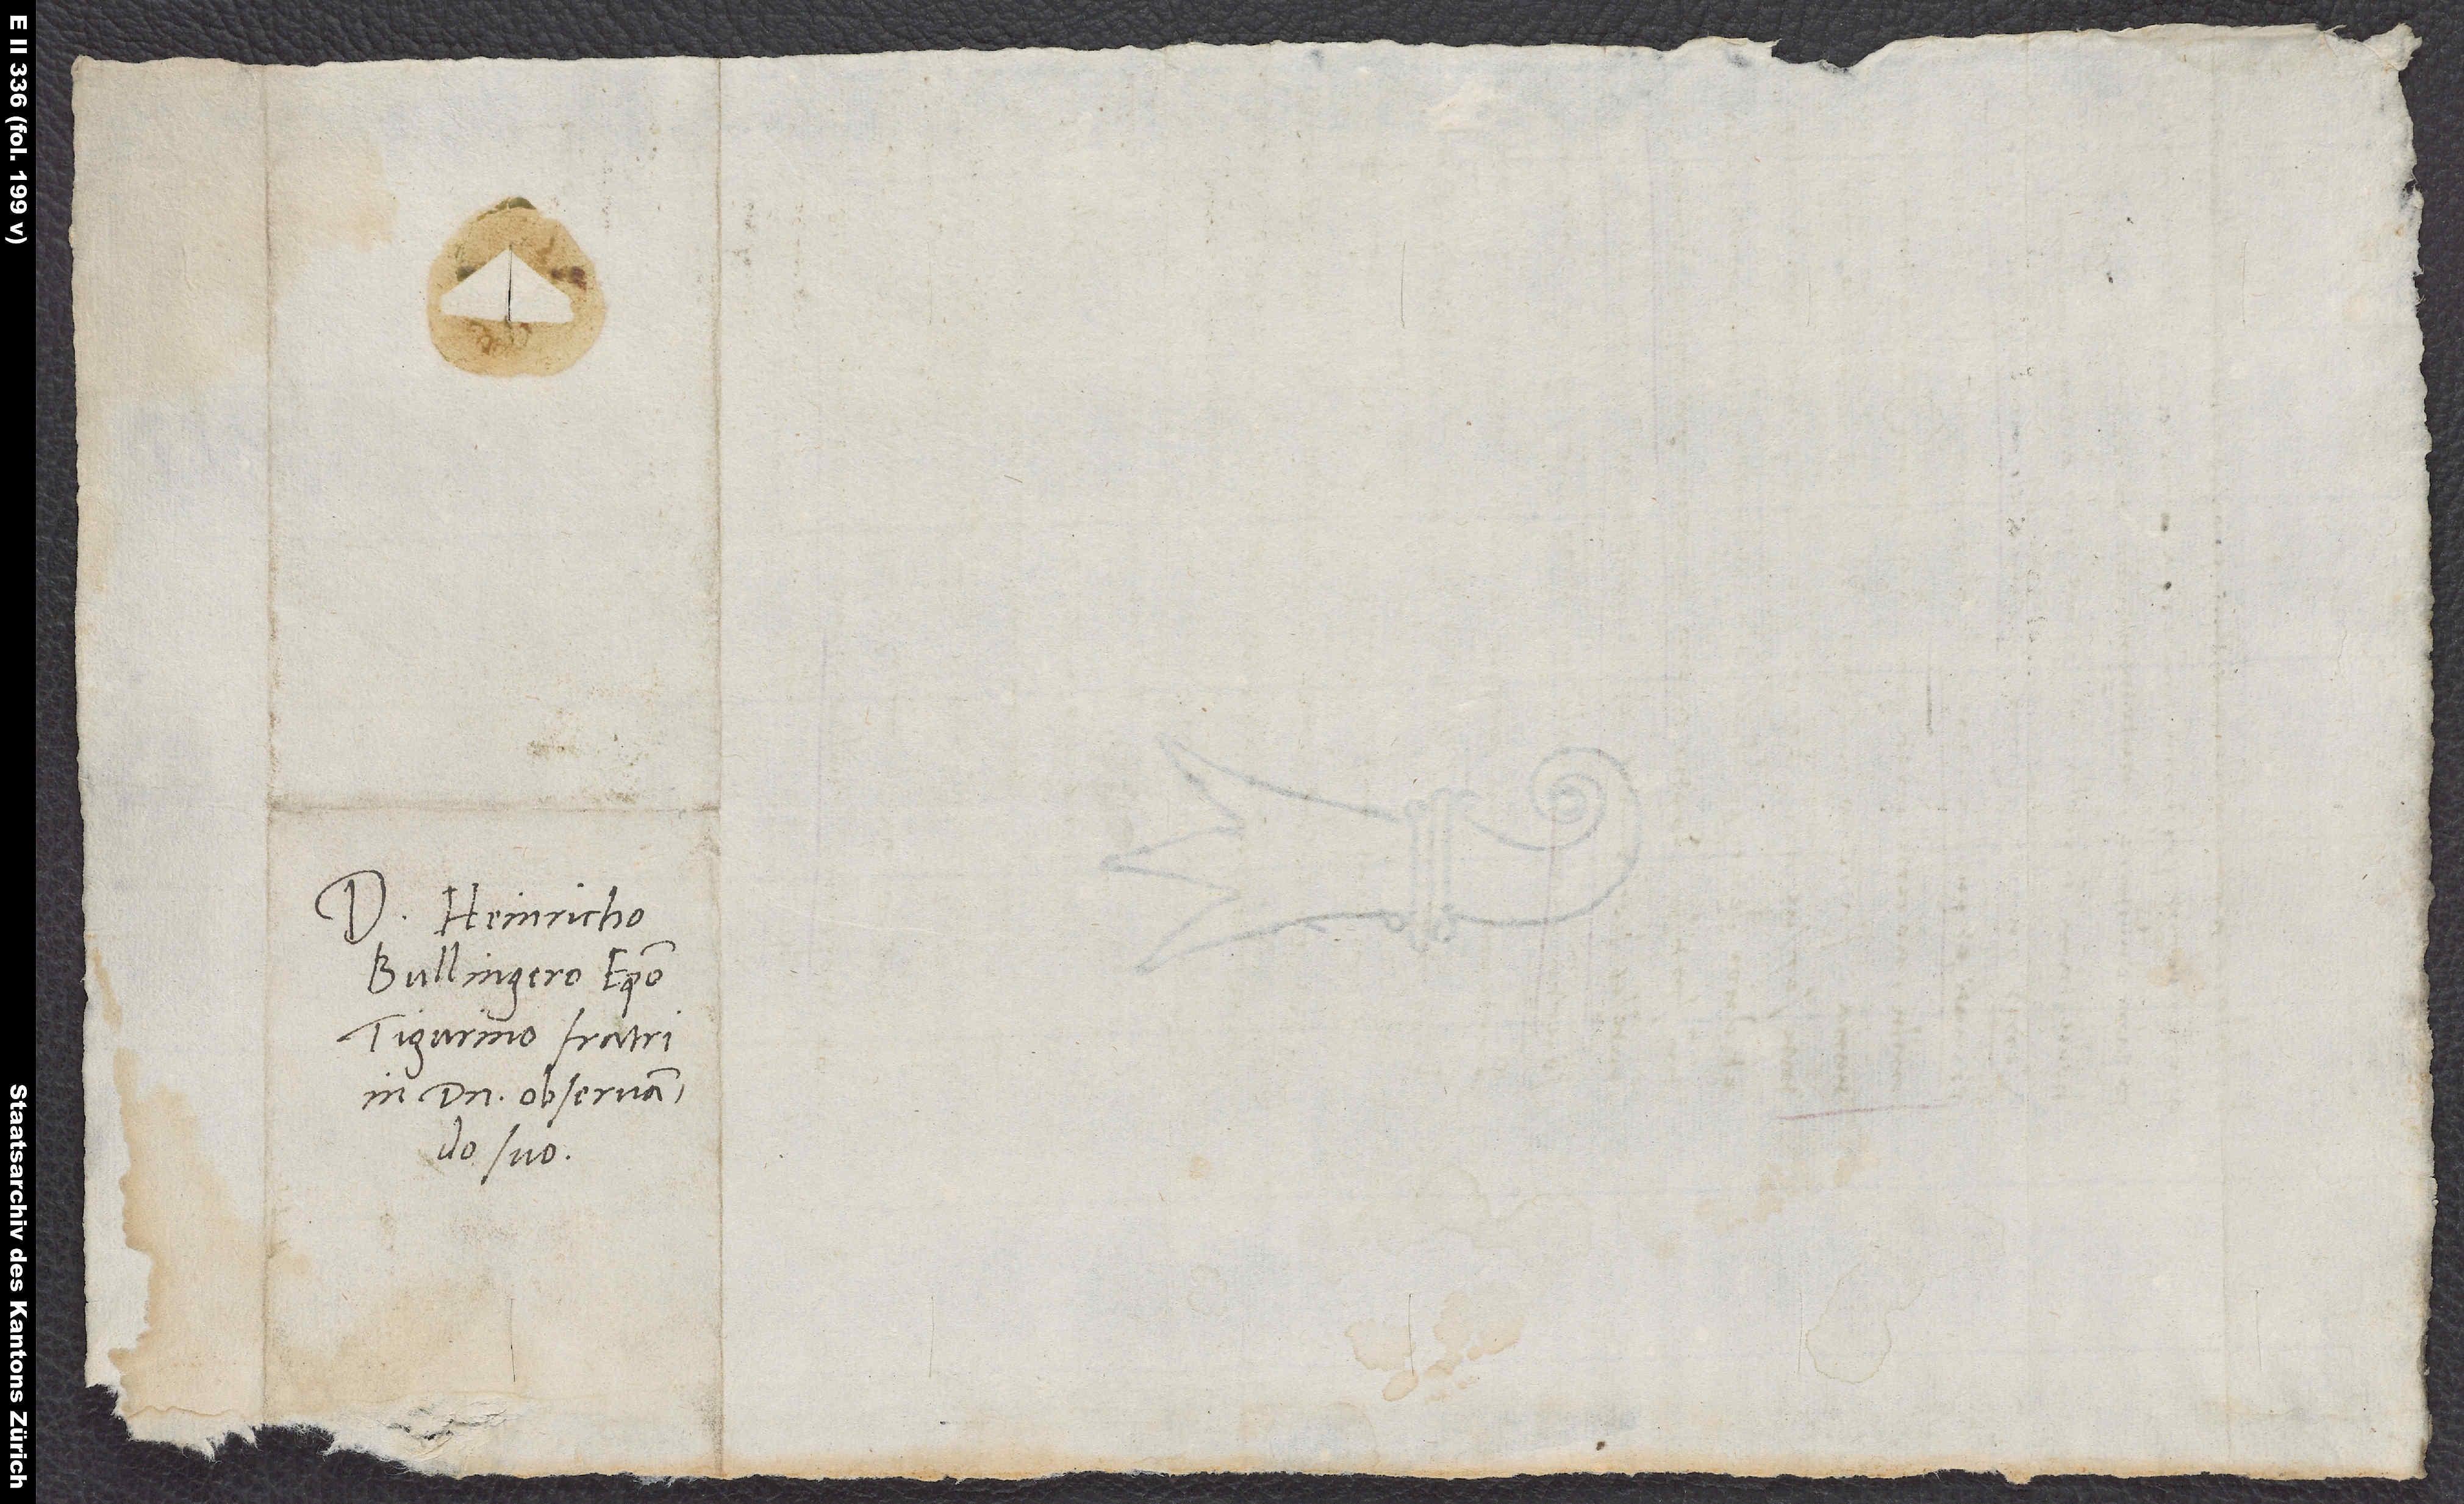
Domino Heinricho
Bullingero, episcopo
Tigurino, fratri
in domino observando
suo.